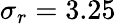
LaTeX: \sigma_{r}=3.25